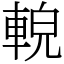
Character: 䡚